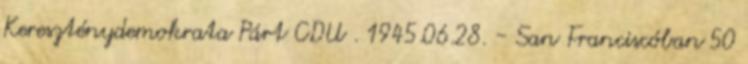
Kereszténydemokrata Párt CDU . 1945.06.28. - San Franciscóban 50